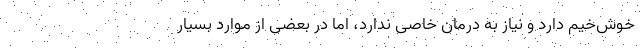
خوش‌خیم دارد و نیاز به درمان خاصی ندارد، اما در بعضی از موارد بسیار